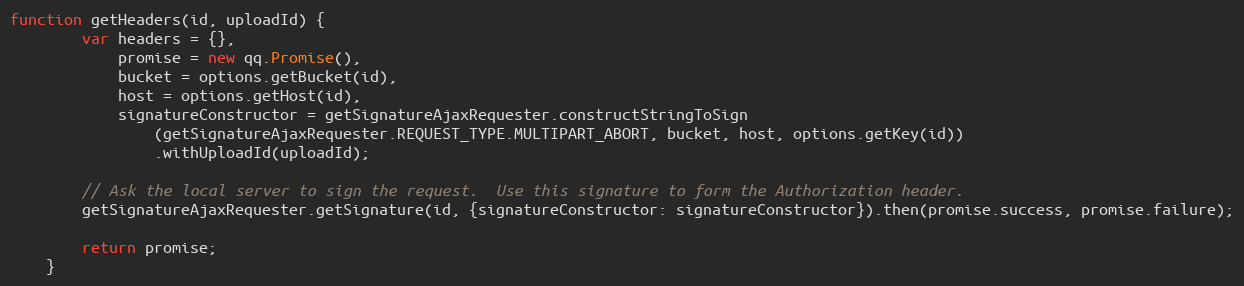
Language: JavaScript
function getHeaders(id, uploadId) {
        var headers = {},
            promise = new qq.Promise(),
            bucket = options.getBucket(id),
            host = options.getHost(id),
            signatureConstructor = getSignatureAjaxRequester.constructStringToSign
                (getSignatureAjaxRequester.REQUEST_TYPE.MULTIPART_ABORT, bucket, host, options.getKey(id))
                .withUploadId(uploadId);

        // Ask the local server to sign the request.  Use this signature to form the Authorization header.
        getSignatureAjaxRequester.getSignature(id, {signatureConstructor: signatureConstructor}).then(promise.success, promise.failure);

        return promise;
    }